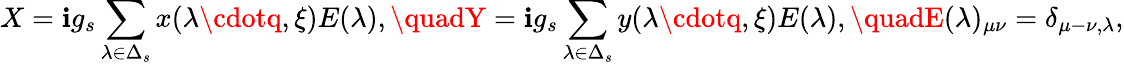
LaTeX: X=\mathbf{i}g_{s}\sum_{\lambda\in\Delta_{s}}x(\lambda\cdotq,\xi)E(\lambda),\quadY=\mathbf{i}g_{s}\sum_{\lambda\in\Delta_{s}}y(\lambda\cdotq,\xi)E(\lambda),\quadE(\lambda)_{\mu\nu}=\delta_{\mu-\nu,\lambda},